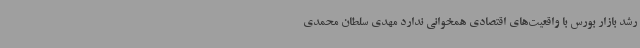
رشد بازار بورس با واقعیت‌های اقتصادی همخوانی ندارد مهدی سلطان محمدی